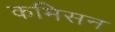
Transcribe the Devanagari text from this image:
कमिसन